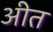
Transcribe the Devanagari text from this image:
अीत